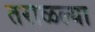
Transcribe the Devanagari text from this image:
तराळल्या